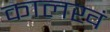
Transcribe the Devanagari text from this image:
कालखं